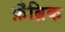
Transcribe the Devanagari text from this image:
फ़ैब्रिक